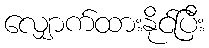
လျှောက်ထားနိုင်ပြီး